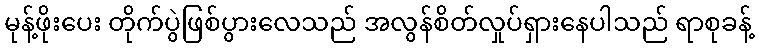
မုန့်ဖိုးပေး တိုက်ပွဲဖြစ်ပွားလေသည် အလွန်စိတ်လှုပ်ရှားနေပါသည် ရာစုခန့်